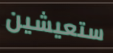
ستعيشين